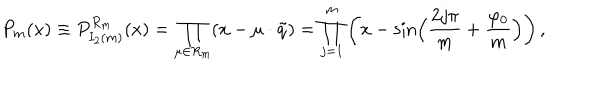
P _ { m } ( x ) \equiv P _ { I _ { 2 } ( m ) } ^ { R _ { m } } ( x ) = \prod _ { \mu \in { R _ { m } } } ( x - \mu \cdot \tilde { q } ) = \prod _ { j = 1 } ^ { m } \left( x - \sin \Bigl ( { \frac { 2 j \pi } { m } } + { \frac { \varphi _ { 0 } } { m } } \Bigr ) \right) ,